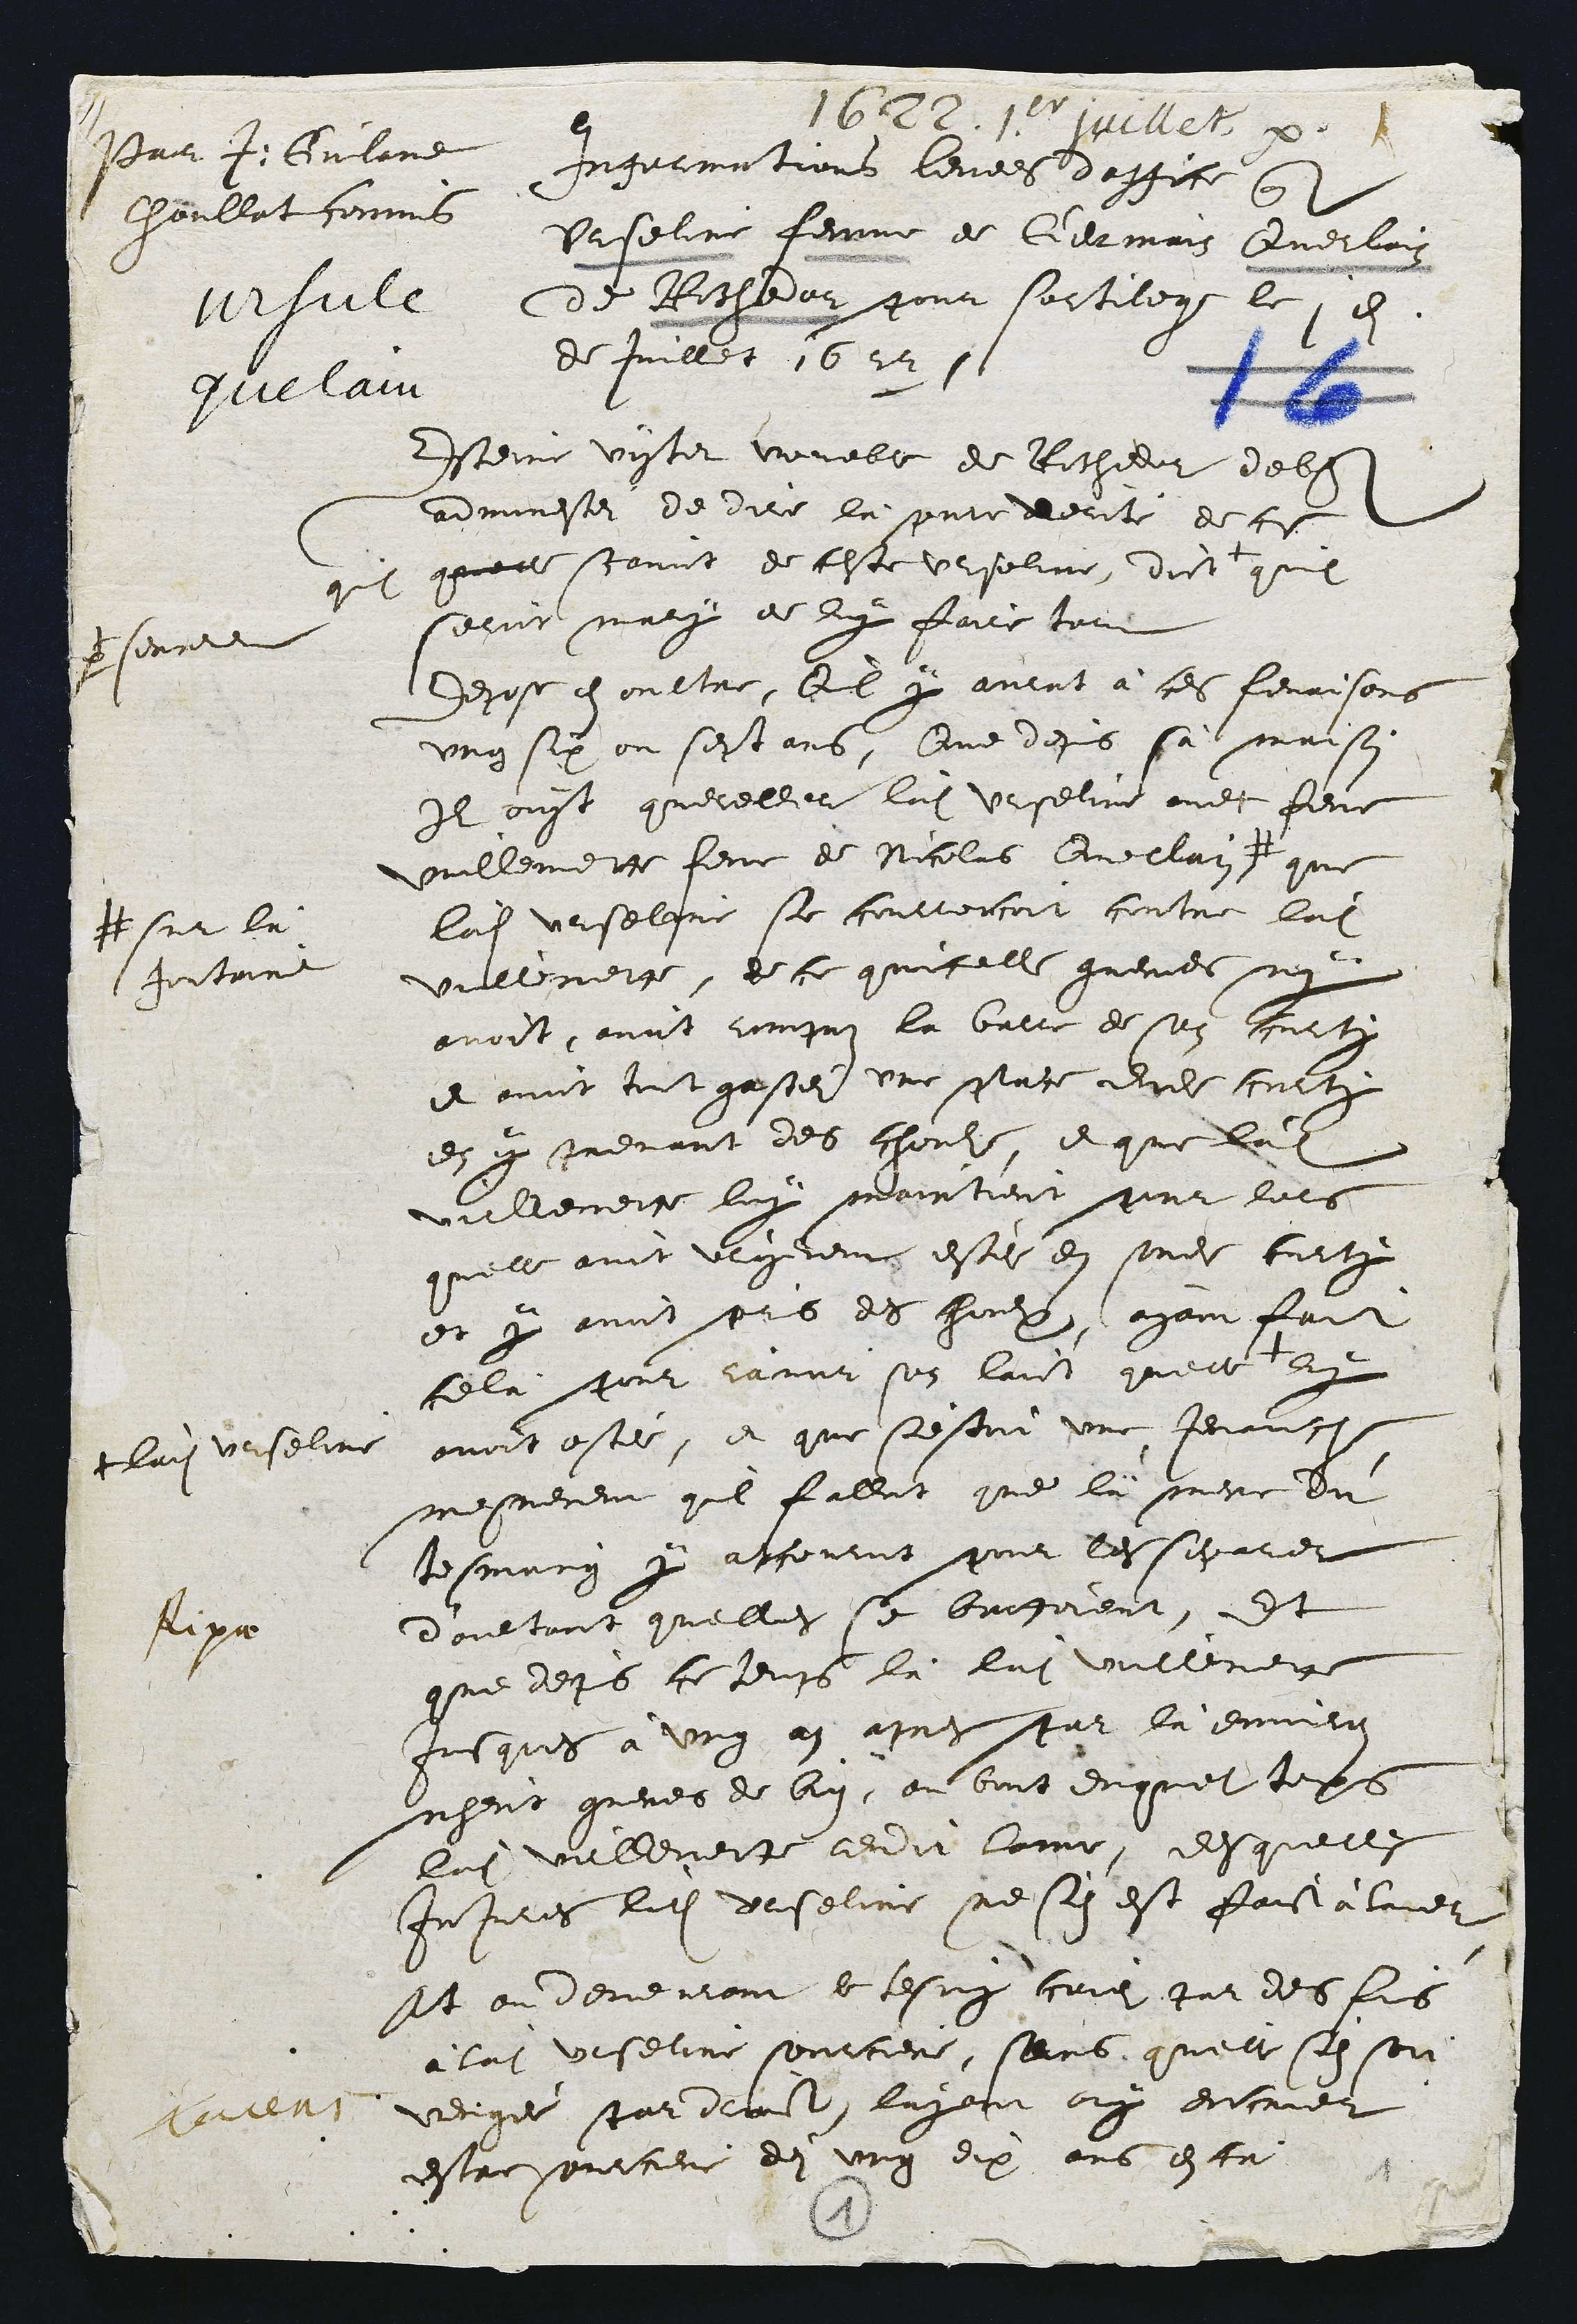
Pur4. Guland
Choullat commit
mrsute
quclai

1672. 15. juillet pat
Infarmations levees daffice que
Urselire femme de Germais Querlai
de Rochedar pour sortilege le en
de Juillet 1672.

Estenie vistit voualle de Rithidir debf
adminester de dire la presentedente de ce
quil quelle scaint de ceste Ursoline, dict
prsennet
quil
Ceriit mary de luy faire tout
dehose en oultre, vil par avent à ces fenrisons
ung six ou sestans, Que desis sa maison
Il ouyt quereller ladite Urselire avec feure
Villemette femme de Nicolas Guellay #
# sur la
Fontoir
que
ladite Urselene se couttencoit contre ladite
Vullenette, de ce quicelle greves ny
avoit avot umpoi la batre de soz furtz
e nvnit toit gastez une pace dude conte
en p mrevant des choche, et que ladite
villemette luy pairtient pur lors
quelle aint ulgreme este en sonde turty
et y avoit pris des houhe, ayant fait
cela jour lamir son laict quelle
tlui verselin
Et
avoit ostee, et que sestoit une jenauc
mesterent queil fallot que la mere du
tesmang y accourut pour les sigares
doultant quelley se brigoient, Et
que deps ce teufs la lui vullement
jusques à ung ay aprs par la environ
nheut gueres de by, ou bout duquel teps
lui villemecte aedit lamme, desquelle
Injares ludite deselie ne sis est faict alaie
At on devenront de tesny crie, tat des fus
a laite Urselire seurciere, sans, quelle sil son
verigee scar diauz layent ay encrier
estre sonrciere de ung dix ans esta

Aipa

3